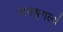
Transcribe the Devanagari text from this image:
अमङ्गल्यं